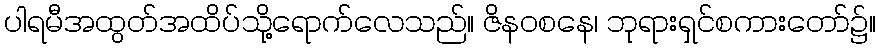
ပါရမီအထွတ်အထိပ်သို့ရောက်လေသည်။ ဇိနဝစနေ၊ ဘုရားရှင်စကားတော်၌။